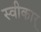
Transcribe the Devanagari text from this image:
स्वीकार्